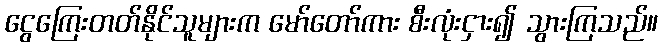
ငွေကြေးတတ်နိုင်သူများက မော်တော်ကား စီးလုံးငှား၍ သွားကြသည်။